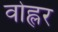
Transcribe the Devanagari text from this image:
वोह्लर